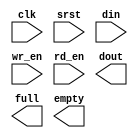
/*******************************************************************************
*     This file is owned and controlled by Xilinx and must be used solely      *
*     for design, simulation, implementation and creation of design files      *
*     limited to Xilinx devices or technologies. Use with non-Xilinx           *
*     devices or technologies is expressly prohibited and immediately          *
*     terminates your license.                                                 *
*                                                                              *
*     XILINX IS PROVIDING THIS DESIGN, CODE, OR INFORMATION "AS IS" SOLELY     *
*     FOR USE IN DEVELOPING PROGRAMS AND SOLUTIONS FOR XILINX DEVICES.  BY     *
*     PROVIDING THIS DESIGN, CODE, OR INFORMATION AS ONE POSSIBLE              *
*     IMPLEMENTATION OF THIS FEATURE, APPLICATION OR STANDARD, XILINX IS       *
*     MAKING NO REPRESENTATION THAT THIS IMPLEMENTATION IS FREE FROM ANY       *
*     CLAIMS OF INFRINGEMENT, AND YOU ARE RESPONSIBLE FOR OBTAINING ANY        *
*     RIGHTS YOU MAY REQUIRE FOR YOUR IMPLEMENTATION.  XILINX EXPRESSLY        *
*     DISCLAIMS ANY WARRANTY WHATSOEVER WITH RESPECT TO THE ADEQUACY OF THE    *
*     IMPLEMENTATION, INCLUDING BUT NOT LIMITED TO ANY WARRANTIES OR           *
*     REPRESENTATIONS THAT THIS IMPLEMENTATION IS FREE FROM CLAIMS OF          *
*     INFRINGEMENT, IMPLIED WARRANTIES OF MERCHANTABILITY AND FITNESS FOR A    *
*     PARTICULAR PURPOSE.                                                      *
*                                                                              *
*     Xilinx products are not intended for use in life support appliances,     *
*     devices, or systems.  Use in such applications are expressly             *
*     prohibited.                                                              *
*                                                                              *
*     (c) Copyright 1995-2015 Xilinx, Inc.                                     *
*     All rights reserved.                                                     *
*******************************************************************************/

/*******************************************************************************
*     Generated from core with identifier: xilinx.com:ip:fifo_generator:9.2    *
*                                                                              *
*     The FIFO Generator is a parameterizable first-in/first-out memory        *
*     queue generator. Use it to generate resource and performance             *
*     optimized FIFOs with common or independent read/write clock domains,     *
*     and optional fixed or programmable full and empty flags and              *
*     handshaking signals.  Choose from a selection of memory resource         *
*     types for implementation.  Optional Hamming code based error             *
*     detection and correction as well as error injection capability for       *
*     system test help to insure data integrity.  FIFO width and depth are     *
*     parameterizable, and for native interface FIFOs, asymmetric read and     *
*     write port widths are also supported.                                    *
*******************************************************************************/
// Synthesized Netlist Wrapper
// This file is provided to wrap around the synthesized netlist (if appropriate)

// Interfaces:
//    AXI4Stream_MASTER_M_AXIS
//    AXI4Stream_SLAVE_S_AXIS
//    AXI4_MASTER_M_AXI
//    AXI4_SLAVE_S_AXI
//    AXI4Lite_MASTER_M_AXI
//    AXI4Lite_SLAVE_S_AXI

module fifo_8x2048 (
  clk,
  srst,
  din,
  wr_en,
  rd_en,
  dout,
  full,
  empty
);

  input clk;
  input srst;
  input [7 : 0] din;
  input wr_en;
  input rd_en;
  output [7 : 0] dout;
  output full;
  output empty;

  // WARNING: This file provides a module declaration only, it does not support
  //          direct instantiation. Please use an instantiation template (VEO) to
  //          instantiate the IP within a design.

endmodule